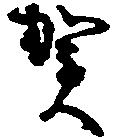
賀